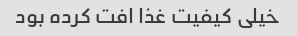
خیلی کیفیت غذا افت کرده بود